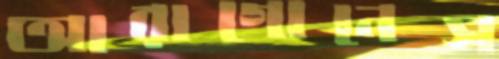
আরাগোনেস